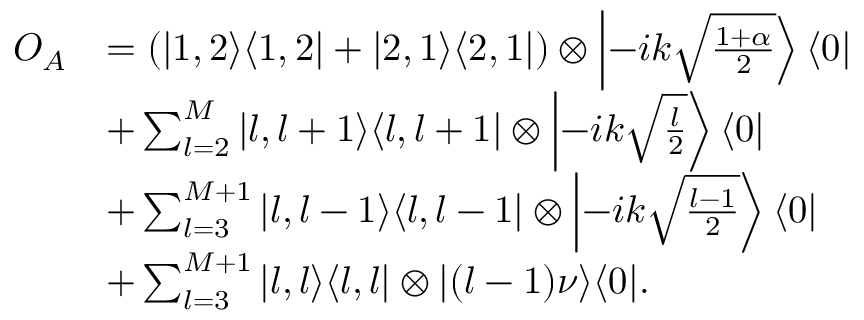
\begin{array} { r l } { O _ { A } } & { = \left( | 1 , 2 \rangle \langle 1 , 2 | + | 2 , 1 \rangle \langle 2 , 1 | \right) \otimes \left| - i k \sqrt { \frac { 1 + \alpha } { 2 } } \right\rangle \langle 0 | } \\ & { + \sum _ { l = 2 } ^ { M } | l , l + 1 \rangle \langle l , l + 1 | \otimes \left| - i k \sqrt { \frac { l } { 2 } } \right\rangle \langle 0 | } \\ & { + \sum _ { l = 3 } ^ { M + 1 } | l , l - 1 \rangle \langle l , l - 1 | \otimes \left| - i k \sqrt { \frac { l - 1 } { 2 } } \right\rangle \langle 0 | } \\ & { + \sum _ { l = 3 } ^ { M + 1 } | l , l \rangle \langle l , l | \otimes | ( l - 1 ) \nu \rangle \langle 0 | . } \end{array}